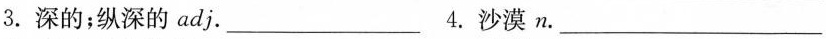
3.深的；纵深的adj.___4.沙漠n.___